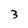
Character: 3